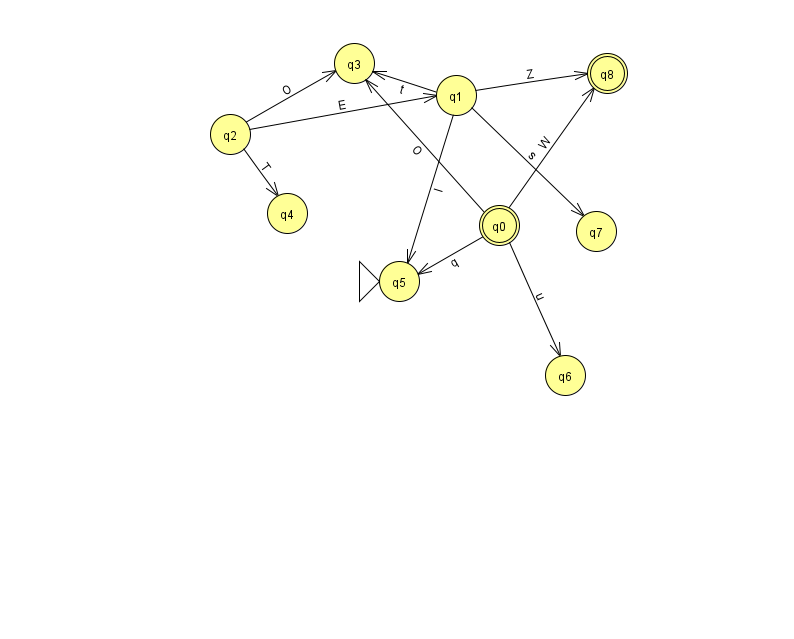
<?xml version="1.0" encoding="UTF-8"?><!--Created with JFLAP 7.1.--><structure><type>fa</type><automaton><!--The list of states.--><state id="0" name="q0"><x>499.0</x><y>212.0</y><final/></state><state id="1" name="q1"><x>456.0</x><y>82.0</y></state><state id="2" name="q2"><x>230.0</x><y>121.0</y></state><state id="3" name="q3"><x>354.0</x><y>50.0</y></state><state id="4" name="q4"><x>287.0</x><y>200.0</y></state><state id="5" name="q5"><x>399.0</x><y>268.0</y><initial/></state><state id="6" name="q6"><x>565.0</x><y>362.0</y></state><state id="7" name="q7"><x>596.0</x><y>218.0</y></state><state id="8" name="q8"><x>607.0</x><y>60.0</y><final/></state><!--The list of transitions.--><transition><from>1</from><to>3</to><read>t</read></transition><transition><from>1</from><to>8</to><read>Z</read></transition><transition><from>0</from><to>5</to><read>q</read></transition><transition><from>2</from><to>3</to><read>O</read></transition><transition><from>1</from><to>5</to><read>l</read></transition><transition><from>2</from><to>1</to><read>E</read></transition><transition><from>0</from><to>6</to><read>u</read></transition><transition><from>0</from><to>3</to><read>O</read></transition><transition><from>1</from><to>7</to><read>s</read></transition><transition><from>2</from><to>4</to><read>T</read></transition><transition><from>0</from><to>8</to><read>W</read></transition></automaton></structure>